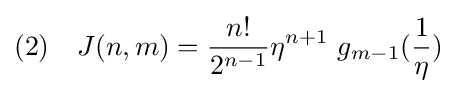
(2)\quad J(n,m)={\frac {n!}{2^{n-1}}}\eta ^{n+1}~g_{m-1}({\frac {1}{\eta }})